Scottish Leaving Certificate Examination, 1958
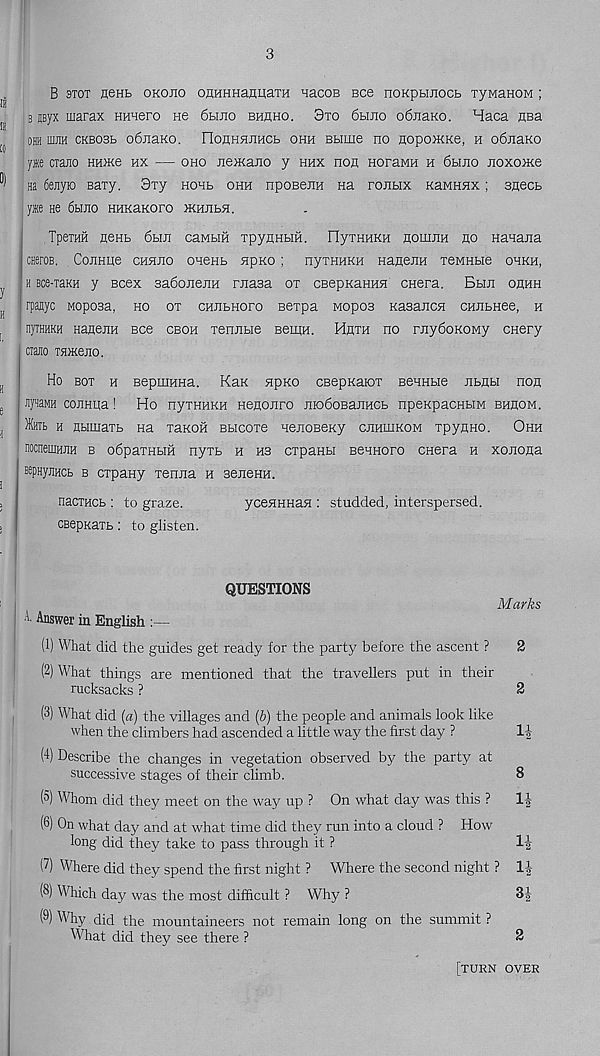
3
B 3tot flenb okojio onHHHafluaTH nacoB Bee noKpfcuiocb TyMaHOM ;
b pyx uiarax HHHero ne 6hjio bhhho. 9to 6hjio o6naKo. Haca ma.
OHH 1IIJIH CKB03B o6jiaKO. IIonHSUlHCb OHH BBIUie 00 HOpOXKKe, H o6jiaKO
yie crano HHKe hx — oho JiemaJio y hhx non HoraMH h 6hjio jioxo>Ke
Ha 6ejiyio sary. Sry hohb ohh npoBenH Ha tojihx KaMHnx; snecb
ywe He 6bmo; HHKaKoro jkhjibh.
Tperan neHb 6hui cawbin TpynHbiH. FlyrHUKH nomnn ho Hanana
CHeroB. CoHHqe chsuio onenb npKO ; nyTHHKH Hanenn xeMHbie ohkh,
h Bce-xaKH y scex sa6oJieHH rnasa ox cBepKannH cnera. Bhh ohhh
rpajiyc noposa, ho ox CHJibHoro Bexpa Mopos KasaHcn cnnbHee, h
nyTHHKH HanejiH ece cboh xennbie Benin. Hhxh no rny6oKOMy cnery
ciano THKeno.
Ho box h BepmuHa. Kax npKo cBepKarox BenHbie nbnbi non
JiynaMH coHHqa! Ho nyxHHKH Henoiiro raodoBanncb npexpacHbiM bhhom.
fcb h Hbimaxb ea xanon Bbicoxe nenoBeKy chhuikom xpynno. Ohh
nocneniHHH b o6paxHbiH nyxb h hs cxpanbi Bennoro cnera h xonona
nepHyjiHCb b cxpany xenna h BenenH.
nacxHCb : to graze.
ycennHan : studded, interspersed.
CBepxaxb: to glisten.
A.
QUESTIONS
Marks
Answer in English :—
(1) What did the guides get ready for the party before the ascent ?
2
(2) What things are mentioned that the travellers put in their
rucksacks ?
2
(3) What did [a) the villages and (b) the people and animals look like
when the climbers had ascended a little way the first day ?
(A) Describe the changes in vegetation observed by the party at
successive stages of their climb.
8
(5) Whom did they meet on the way up ? On what day was this ?
1|
(6) On what day and at what time did they run into a cloud ? How
long did they take to pass through it ?
(7) Where did they spend the first night ? Where the second night ? 1|
(8) Which day was the most difficult ? Why ?
3-£
(9) Why did the mountaineers not remain long on the summit ?
What did they see there ?
2
[turn over